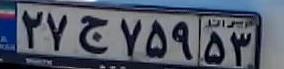
۲۷ج۷۵۹۵۳